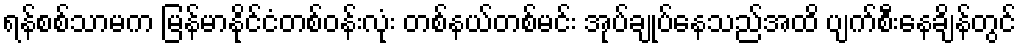
ရန်စစ်သာမက မြန်မာနိုင်ငံတစ်ဝန်းလုံး တစ်နယ်တစ်မင်း အုပ်ချုပ်နေသည်အထိ ပျက်စီးနေချိန်တွင်